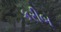
કરીબ